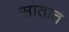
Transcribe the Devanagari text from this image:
सातात